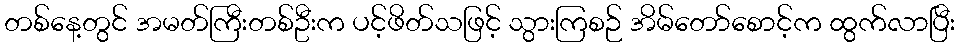
တစ်နေ့တွင် အမတ်ကြီးတစ်ဦးက ပင့်ဖိတ်သဖြင့် သွားကြစဉ် အိမ်တော်စောင့်က ထွက်လာပြီး